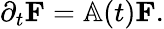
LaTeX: \begin{array}{r}{\partial_{t}\mathbf{F}=\mathbb{A}(t)\mathbf{F}.}\end{array}